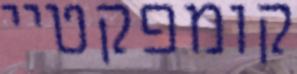
קומפקטיי